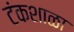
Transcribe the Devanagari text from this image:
टंकशाळा